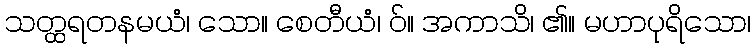
သတ္ထရတနမယံ၊ သော။ စေတီယံ၊ ဝ်။ အကာသိ၊ ၏။ မဟာပုရိသော၊